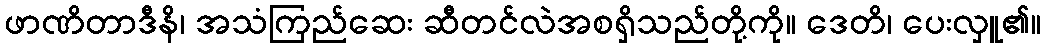
ဖာဏိတာဒီနိ၊ အသံကြည်ဆေး ဆီတင်လဲအစရှိသည်တို့ကို။ ဒေတိ၊ ပေးလှူ၏။